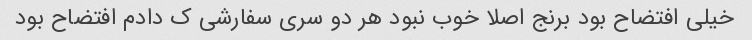
خیلی افتضاح بود برنج اصلا خوب نبود هر دو سری سفارشی ک دادم افتضاح بود